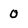
Character: 0